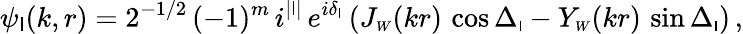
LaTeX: \psi_{\mathsf{l}}(k,r)=2^{-1/2}\, (-1)^{m}\, i^{|\mathsf{l}|}\, e^{i\delta_{\mathsf{l}}}\, (J_{\scriptscriptstyle{W}}(kr)\, \cos\Delta_{\scriptscriptstyle{\mathsf{l}}}-Y_{\scriptscriptstyle{W}}(kr)\, \sin\Delta_{\scriptscriptstyle{\mathsf{l}}})\, ,